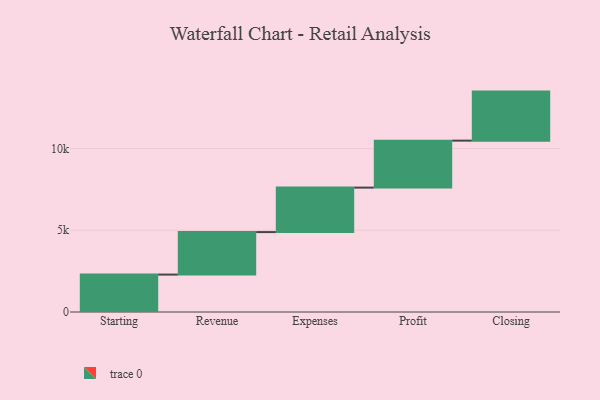
{"axis": {"x": "Step", "y": "Value"}, "legend": [""], "data": [{"x": "Starting", "y": 2289.0, "type": ""}, {"x": "Revenue", "y": 2600.0, "type": ""}, {"x": "Expenses", "y": 2722.0, "type": ""}, {"x": "Profit", "y": 2874.0, "type": ""}, {"x": "Closing", "y": 3000, "type": ""}]}